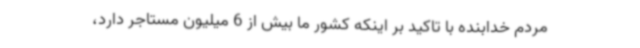
مردم خدابنده با تاکید بر اینکه کشور ما بیش از 6 میلیون مستاجر دارد،